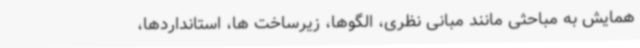
همایش به مباحثی مانند مبانی نظری، الگوها، زیرساخت ها، استانداردها،